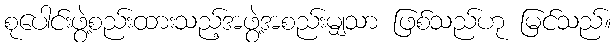
စုပေါင်းဖွဲ့စည်းထားသည့်အဖွဲ့အစည်းမျှသာ ဖြစ်သည်ဟု မြင်သည်။